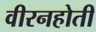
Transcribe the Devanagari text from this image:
वीरनहोती